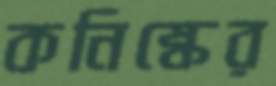
কনিষ্কের